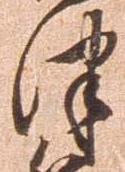
津